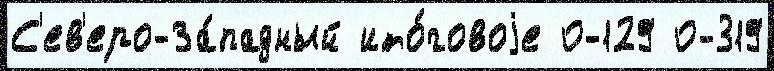
С'ев'еро-За́падный ито́говоjе 0-129 0-319